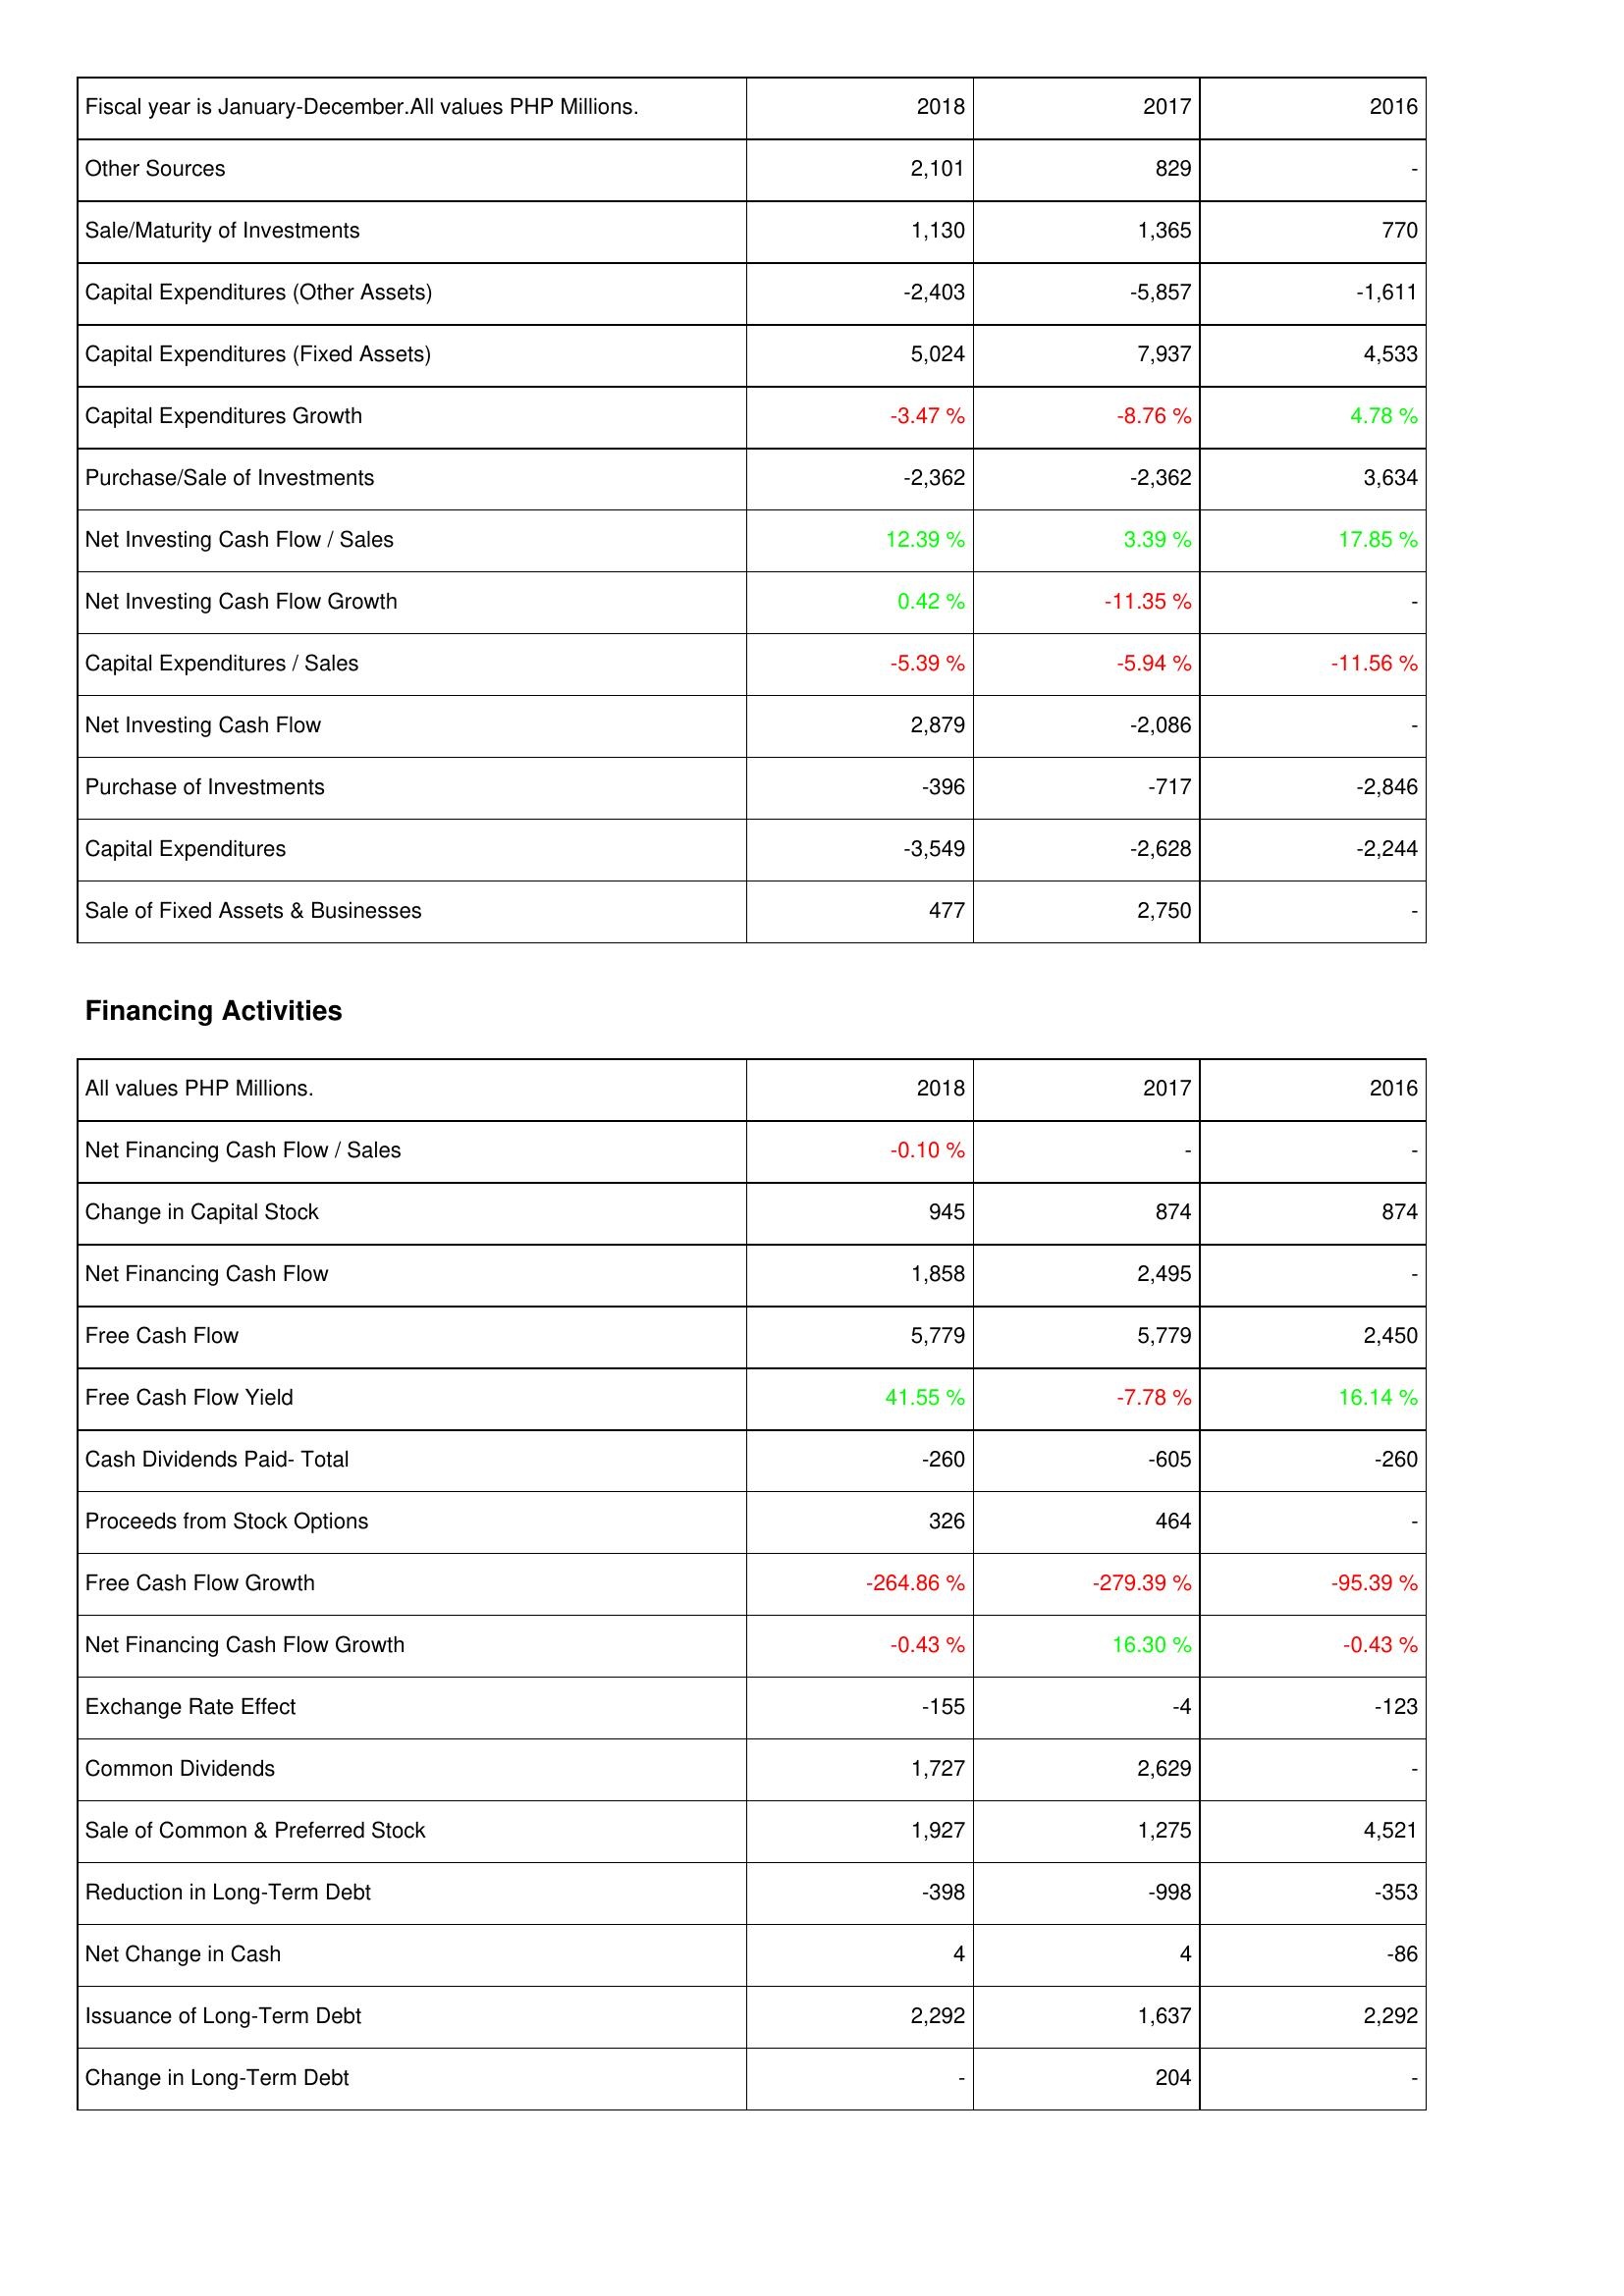
2018: Investing Activities: Other Sources: 2,101
Sale/Maturity of Investments: 1,130
Capital Expenditures (Other Assets): -2,403
Capital Expenditures (Fixed Assets): 5,024
Capital Expenditures Growth: -3.47 %
Purchase/Sale of Investments: -2,362
Net Investing Cash Flow / Sales: 12.39 %
Net Investing Cash Flow Growth: 0.42 %
Capital Expenditures / Sales: -5.39 %
Net Investing Cash Flow: 2,879
Purchase of Investments: -396
Capital Expenditures: -3,549
Sale of Fixed Assets & Businesses: 477
Financing Activities: Net Financing Cash Flow / Sales: -0.10 %
Change in Capital Stock: 945
Net Financing Cash Flow: 1,858
Free Cash Flow: 5,779
Free Cash Flow Yield: 41.55 %
Cash Dividends Paid- Total: -260
Proceeds from Stock Options: 326
Free Cash Flow Growth: -264.86 %
Net Financing Cash Flow Growth: -0.43 %
Exchange Rate Effect: -155
Common Dividends: 1,727
Sale of Common & Preferred Stock: 1,927
Reduction in Long-Term Debt: -398
Net Change in Cash: 4
Issuance of Long-Term Debt: 2,292
Change in Long-Term Debt: -
2017: Investing Activities: Other Sources: 829
Sale/Maturity of Investments: 1,365
Capital Expenditures (Other Assets): -5,857
Capital Expenditures (Fixed Assets): 7,937
Capital Expenditures Growth: -8.76 %
Purchase/Sale of Investments: -2,362
Net Investing Cash Flow / Sales: 3.39 %
Net Investing Cash Flow Growth: -11.35 %
Capital Expenditures / Sales: -5.94 %
Net Investing Cash Flow: -2,086
Purchase of Investments: -717
Capital Expenditures: -2,628
Sale of Fixed Assets & Businesses: 2,750
Financing Activities: Net Financing Cash Flow / Sales: -
Change in Capital Stock: 874
Net Financing Cash Flow: 2,495
Free Cash Flow: 5,779
Free Cash Flow Yield: -7.78 %
Cash Dividends Paid- Total: -605
Proceeds from Stock Options: 464
Free Cash Flow Growth: -279.39 %
Net Financing Cash Flow Growth: 16.30 %
Exchange Rate Effect: -4
Common Dividends: 2,629
Sale of Common & Preferred Stock: 1,275
Reduction in Long-Term Debt: -998
Net Change in Cash: 4
Issuance of Long-Term Debt: 1,637
Change in Long-Term Debt: 204
2016: Investing Activities: Other Sources: -
Sale/Maturity of Investments: 770
Capital Expenditures (Other Assets): -1,611
Capital Expenditures (Fixed Assets): 4,533
Capital Expenditures Growth: 4.78 %
Purchase/Sale of Investments: 3,634
Net Investing Cash Flow / Sales: 17.85 %
Net Investing Cash Flow Growth: -
Capital Expenditures / Sales: -11.56 %
Net Investing Cash Flow: -
Purchase of Investments: -2,846
Capital Expenditures: -2,244
Sale of Fixed Assets & Businesses: -
Financing Activities: Net Financing Cash Flow / Sales: -
Change in Capital Stock: 874
Net Financing Cash Flow: -
Free Cash Flow: 2,450
Free Cash Flow Yield: 16.14 %
Cash Dividends Paid- Total: -260
Proceeds from Stock Options: -
Free Cash Flow Growth: -95.39 %
Net Financing Cash Flow Growth: -0.43 %
Exchange Rate Effect: -123
Common Dividends: -
Sale of Common & Preferred Stock: 4,521
Reduction in Long-Term Debt: -353
Net Change in Cash: -86
Issuance of Long-Term Debt: 2,292
Change in Long-Term Debt: -